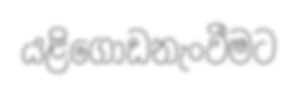
යළිගොඩනැංවීමට